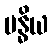
ဗန္ဓိယ